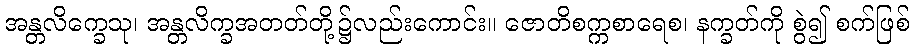
အန္တလိက္ခေသု၊ အန္တလိက္ခအတတ်တို့၌လည်းကောင်း။ ဇောတိစက္ကစာရေစ၊ နက္ခတ်ကို စွဲ၍ စက်ဖြစ်